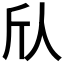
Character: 𫢍